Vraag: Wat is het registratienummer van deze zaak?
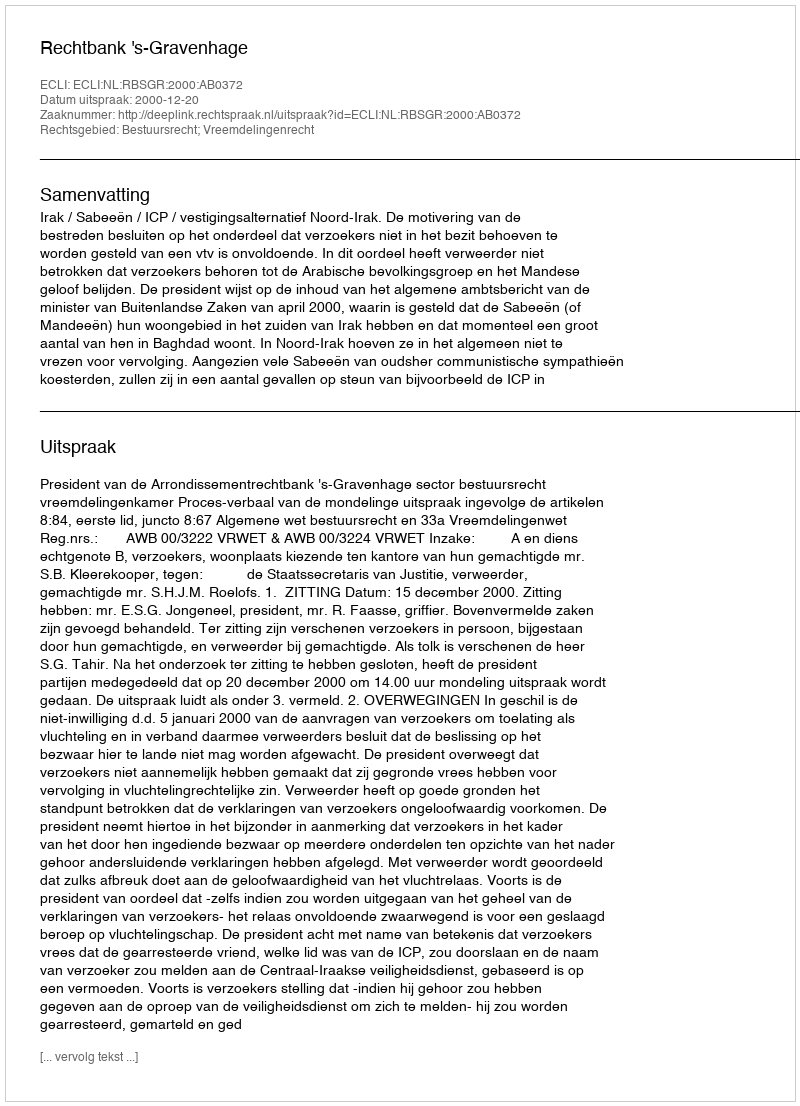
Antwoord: http://deeplink.rechtspraak.nl/uitspraak?id=ECLI:NL:RBSGR:2000:AB0372